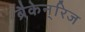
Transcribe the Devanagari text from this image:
ब्रैकेन्‌रिज